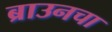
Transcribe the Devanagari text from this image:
ब्राउनचा